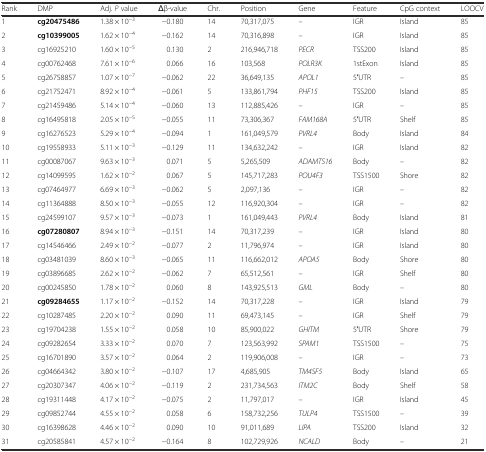
<table><thead><tr><td><b>Rank</b></td><td><b>DMP</b></td><td><b>Adj. <i>P</i> value</b></td><td><b>Δβ-value</b></td><td><b>Chr.</b></td><td><b>Position</b></td><td><b>Gene</b></td><td><b>Feature</b></td><td><b>CpG context</b></td><td><b>LOOCV</b></td></tr></thead><tbody><tr><td>1</td><td><b>cg20475486</b></td><td>1.38 × 10<sup>−3</sup></td><td>−0.180</td><td>14</td><td>70,317,075</td><td><i>–</i></td><td>IGR</td><td>Island</td><td>85</td></tr><tr><td>2</td><td><b>cg10399005</b></td><td>1.62 × 10<sup>−4</sup></td><td>−0.162</td><td>14</td><td>70,316,898</td><td><i>–</i></td><td>IGR</td><td>Island</td><td>85</td></tr><tr><td>3</td><td>cg16925210</td><td>1.60 × 10<sup>−5</sup></td><td>0.130</td><td>2</td><td>216,946,718</td><td><i>PECR</i></td><td>TSS200</td><td>Island</td><td>85</td></tr><tr><td>4</td><td>cg00762468</td><td>7.61 × 10<sup>−6</sup></td><td>0.066</td><td>16</td><td>103,568</td><td><i>POLR3K</i></td><td>1stExon</td><td>Island</td><td>85</td></tr><tr><td>5</td><td>cg26758857</td><td>1.07 × 10<sup>−7</sup></td><td>−0.062</td><td>22</td><td>36,649,135</td><td><i>APOL1</i></td><td>5′UTR</td><td>–</td><td>85</td></tr><tr><td>6</td><td>cg21752471</td><td>8.92 × 10<sup>−4</sup></td><td>−0.061</td><td>5</td><td>133,861,794</td><td><i>PHF15</i></td><td>TSS200</td><td>Island</td><td>85</td></tr><tr><td>7</td><td>cg21459486</td><td>5.14 × 10<sup>−4</sup></td><td>−0.060</td><td>13</td><td>112,885,426</td><td><i>–</i></td><td>IGR</td><td>–</td><td>85</td></tr><tr><td>8</td><td>cg16495818</td><td>2.05 × 10<sup>−5</sup></td><td>−0.055</td><td>11</td><td>73,306,367</td><td><i>FAM168A</i></td><td>5′UTR</td><td>Shelf</td><td>85</td></tr><tr><td>9</td><td>cg16276523</td><td>5.29 × 10<sup>−4</sup></td><td>−0.094</td><td>1</td><td>161,049,579</td><td><i>PVRL4</i></td><td>Body</td><td>Island</td><td>84</td></tr><tr><td>10</td><td>cg19558933</td><td>5.11 × 10<sup>−3</sup></td><td>−0.129</td><td>11</td><td>134,632,242</td><td><i>–</i></td><td>IGR</td><td>Island</td><td>82</td></tr><tr><td>11</td><td>cg00087067</td><td>9.63 × 10<sup>−3</sup></td><td>0.071</td><td>5</td><td>5,265,509</td><td><i>ADAMTS16</i></td><td>Body</td><td>–</td><td>82</td></tr><tr><td>12</td><td>cg14099595</td><td>1.62 × 10<sup>−2</sup></td><td>0.067</td><td>5</td><td>145,717,283</td><td><i>POU4F3</i></td><td>TSS1500</td><td>Shore</td><td>82</td></tr><tr><td>13</td><td>cg07464977</td><td>6.69 × 10<sup>−3</sup></td><td>−0.062</td><td>5</td><td>2,097,136</td><td><i>–</i></td><td>IGR</td><td>–</td><td>82</td></tr><tr><td>14</td><td>cg11364888</td><td>8.50 × 10<sup>−3</sup></td><td>−0.055</td><td>12</td><td>116,920,304</td><td><i>–</i></td><td>IGR</td><td>–</td><td>82</td></tr><tr><td>15</td><td>cg24599107</td><td>9.57 × 10<sup>−3</sup></td><td>−0.073</td><td>1</td><td>161,049,443</td><td><i>PVRL4</i></td><td>Body</td><td>Island</td><td>81</td></tr><tr><td>16</td><td><b>cg07280807</b></td><td>8.94 × 10<sup>−3</sup></td><td>−0.151</td><td>14</td><td>70,317,239</td><td><i>–</i></td><td>IGR</td><td>Island</td><td>80</td></tr><tr><td>17</td><td>cg14546466</td><td>2.49 × 10<sup>−2</sup></td><td>−0.077</td><td>2</td><td>11,796,974</td><td><i>–</i></td><td>IGR</td><td>Island</td><td>80</td></tr><tr><td>18</td><td>cg03481039</td><td>8.60 × 10<sup>−3</sup></td><td>−0.065</td><td>11</td><td>116,662,012</td><td><i>APOA5</i></td><td>Body</td><td>Shore</td><td>80</td></tr><tr><td>19</td><td>cg03896685</td><td>2.62 × 10<sup>−2</sup></td><td>−0.062</td><td>7</td><td>65,512,561</td><td><i>–</i></td><td>IGR</td><td>Shelf</td><td>80</td></tr><tr><td>20</td><td>cg00245850</td><td>1.78 × 10<sup>−2</sup></td><td>0.060</td><td>8</td><td>143,925,513</td><td><i>GML</i></td><td>Body</td><td>–</td><td>80</td></tr><tr><td>21</td><td><b>cg09284655</b></td><td>1.17 × 10<sup>−2</sup></td><td>−0.152</td><td>14</td><td>70,317,228</td><td><i>–</i></td><td>IGR</td><td>Island</td><td>79</td></tr><tr><td>22</td><td>cg10287485</td><td>2.20 × 10<sup>−2</sup></td><td>0.090</td><td>11</td><td>69,473,145</td><td><i>–</i></td><td>IGR</td><td>Shelf</td><td>79</td></tr><tr><td>23</td><td>cg19704238</td><td>1.55 × 10<sup>−2</sup></td><td>0.058</td><td>10</td><td>85,900,022</td><td><i>GHITM</i></td><td>5′UTR</td><td>Shore</td><td>79</td></tr><tr><td>24</td><td>cg09282654</td><td>3.33 × 10<sup>−2</sup></td><td>0.070</td><td>7</td><td>123,563,992</td><td><i>SPAM1</i></td><td>TSS1500</td><td>–</td><td>75</td></tr><tr><td>25</td><td>cg16701890</td><td>3.57 × 10<sup>−2</sup></td><td>0.064</td><td>2</td><td>119,906,008</td><td><i>–</i></td><td>IGR</td><td>–</td><td>73</td></tr><tr><td>26</td><td>cg04664342</td><td>3.80 × 10<sup>−2</sup></td><td>−0.107</td><td>17</td><td>4,685,905</td><td><i>TM4SF5</i></td><td>Body</td><td>Island</td><td>65</td></tr><tr><td>27</td><td>cg20307347</td><td>4.06 × 10<sup>−2</sup></td><td>−0.119</td><td>2</td><td>231,734,563</td><td><i>ITM2C</i></td><td>Body</td><td>Shelf</td><td>58</td></tr><tr><td>28</td><td>cg19311448</td><td>4.17 × 10<sup>−2</sup></td><td>−0.075</td><td>2</td><td>11,797,017</td><td><i>–</i></td><td>IGR</td><td>Island</td><td>45</td></tr><tr><td>29</td><td>cg09852744</td><td>4.55 × 10<sup>−2</sup></td><td>0.058</td><td>6</td><td>158,732,256</td><td><i>TULP4</i></td><td>TSS1500</td><td>–</td><td>39</td></tr><tr><td>30</td><td>cg16398628</td><td>4.46 × 10<sup>−2</sup></td><td>0.090</td><td>10</td><td>91,011,689</td><td><i>LIPA</i></td><td>TSS200</td><td>Island</td><td>32</td></tr><tr><td>31</td><td>cg20585841</td><td>4.57 × 10<sup>−2</sup></td><td>−0.164</td><td>8</td><td>102,729,926</td><td><i>NCALD</i></td><td>Body</td><td>–</td><td>21</td></tr></tbody></table>